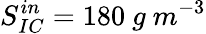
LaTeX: S_{IC}^{in}=180\ g\ m^{-3}